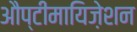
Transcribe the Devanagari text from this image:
औप्टीमायिज़ेशन